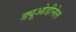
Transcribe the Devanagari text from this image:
ड्यूओडीनेल